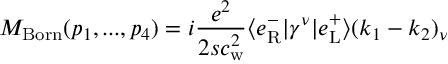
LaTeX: { \cal M } _ { \mathrm { B o r n } } ( p _ { 1 } , . . . , p _ { 4 } ) = i \frac { e ^ { 2 } } { 2 s c _ { \mathrm { w } } ^ { 2 } } \langle e _ { \mathrm { R } } ^ { - } | \gamma ^ { \nu } | e _ { \mathrm { L } } ^ { + } \rangle ( k _ { 1 } - k _ { 2 } ) _ { \nu }